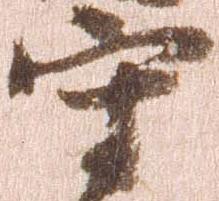
守